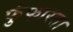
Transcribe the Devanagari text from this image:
फुंफारता